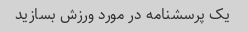
یک پرسشنامه در مورد ورزش بسازید